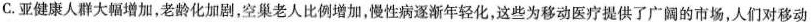
C.亚健康人群大幅增加，老龄化加剧，空巢老人比例增加，性病逐渐年轻化，这些为移动医疗提供了广阔的市场，人们对移动